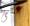
على